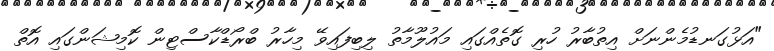
"އަޅުގަނޑުމެންނަށް އިތުބާރު ހުރި ގޮތެއްގައި މައުލޫމާތު ލިބިފައިވޭ މިހާރު ބްރޯޑްކާސްޓިން ކޮމިޝަންގައި އޮތް